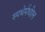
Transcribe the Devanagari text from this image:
स्पधेर्मधील